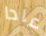
عادا